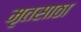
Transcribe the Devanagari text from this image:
मृतसाठा